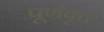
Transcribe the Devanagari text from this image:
पूर्णवृत